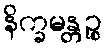
နိက္ခမန္တဉ္စ